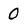
Character: 0